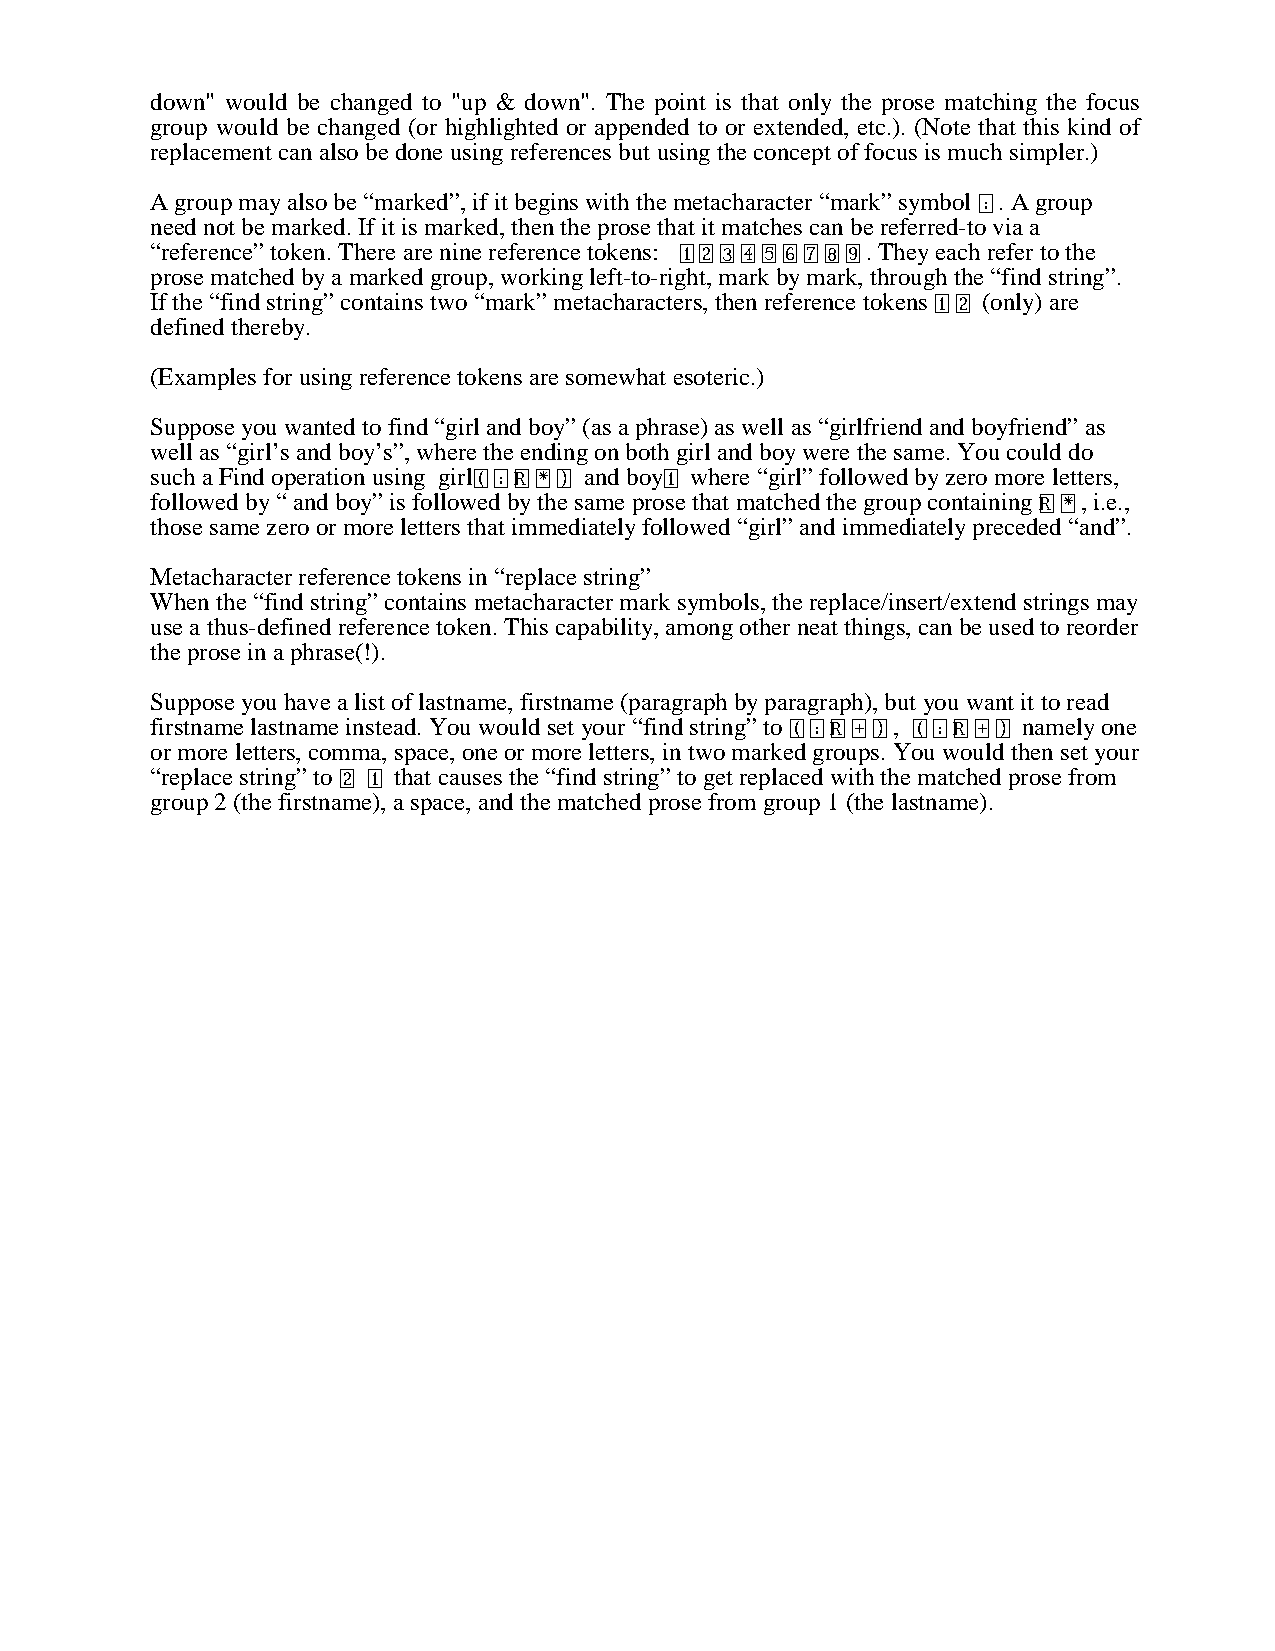
down" would be changed to "up & down". The point is that only the prose matching the focus
 group would be changed (or highlighted or appended to or extended, etc.). (Note that this kind of
 replacement can also be done using references but using the concept of focus is much simpler.)
 A group may also be “marked”, if it begins with the metacharacter “mark” symbol . A group
 
 need not be marked. If it is marked, then the prose that it matches can be referred-to via a
 “reference” token. There are nine reference tokens: . They each refer to the
 prose matched by a marked group, working left-to-right, mark by mark, through the “find string”.
 If the “find string” contains two “mark” metacharacters, then reference tokens (only) are
 
 defined thereby.
 (Examples for using reference tokens are somewhat esoteric.)
 Suppose you wanted to find “girl and boy” (as a phrase) as well as “girlfriend and boyfriend” as
 well as “girl’s and boy’s”, where the ending on both girl and boy were the same. You could do
 such a Find operation using girl and boy where “girl” followed by zero more letters,
         
 followed by “ and boy” is followed by the same prose that matched the group containing , i.e.,
 
 those same zero or more letters that immediately followed “girl” and immediately preceded “and”.
 Metacharacter reference tokens in “replace string”
 When the “find string” contains metacharacter mark symbols, the replace/insert/extend strings may
 use a thus-defined reference token. This capability, among other neat things, can be used to reorder
 the prose in a phrase(!).
 Suppose you have a list of lastname, firstname (paragraph by paragraph), but you want it to read
 firstname lastname instead. You would set your “find string” to , namely one
    
 or more letters, comma, space, one or more letters, in two marked groups. You would then set your
 “replace string” to that causes the “find string” to get replaced with the matched prose from
  
 group 2 (the firstname), a space, and the matched prose from group 1 (the lastname).